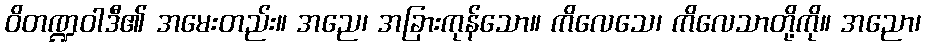
ဝိတဏ္ဍဝါဒီ၏ အမေးတည်း။ အညေ၊ အခြားကုန်သော။ ကိလေသေ၊ ကိလေသာတို့ကို။ အညော၊